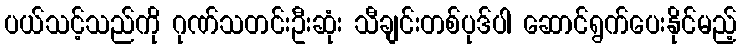
ပယ်သင့်သည်ကို ဂုဏ်သတင်းဦးဆုံး သီချင်းတစ်ပုဒ်ပါ ဆောင်ရွက်ပေးနိုင်မည့်